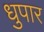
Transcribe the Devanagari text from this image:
धुपार